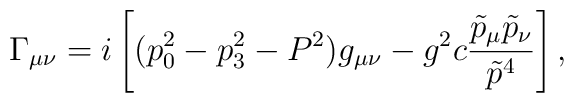
\Gamma_{\mu\nu} = i\left[(p_0^2 -p_3^2- P^2)g_{\mu \nu} - g^2c{\tilde{p}_{\mu} \tilde {p}_{\nu} \over \tilde {p}^4}\right],